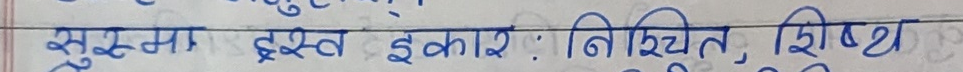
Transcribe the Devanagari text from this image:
सुस्मा, इस्ट इकारः निश्चित, शिष्ट